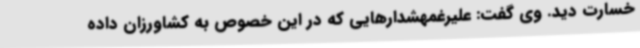
خسارت دید. وی گفت: علیرغمهشدارهایی که در این خصوص به کشاورزان داده